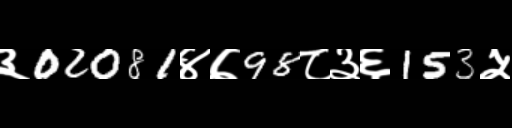
Text: ३02081४७98८३६153५